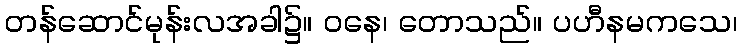
တန်ဆောင်မုန်းလအခါ၌။ ဝနေ၊ တောသည်။ ပဟီနမကသေ၊